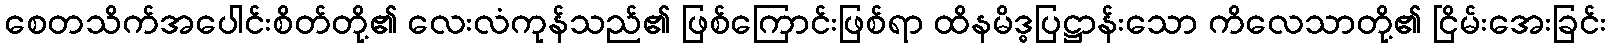
စေတသိက်အပေါင်းစိတ်တို့၏ လေးလံကုန်သည်၏ ဖြစ်ကြောင်းဖြစ်ရာ ထိနမိဒ္ဓပြဋ္ဌာန်းသော ကိလေသာတို့၏ ငြိမ်းအေးခြင်း